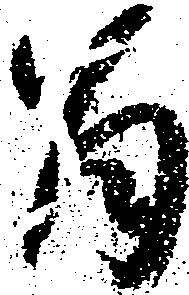
旨